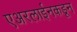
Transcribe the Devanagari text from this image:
एअरलाईनकडून